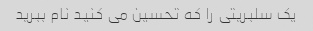
یک سلبریتی را که تحسین می کنید نام ببرید